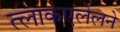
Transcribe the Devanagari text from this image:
त्लाकएलेलने